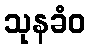
သုနခံဝ